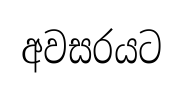
අවසරයට